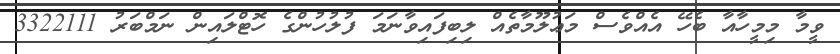
ވީމާ މިމީހާއާ ބެހޭ އެއްވެސް މަޢުލޫމާތެއް ލިބިފައިވާނަމަ ފުލުހުންގެ ހޮޓްލައިން ނަމްބަރު 3322111